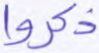
ذكروا